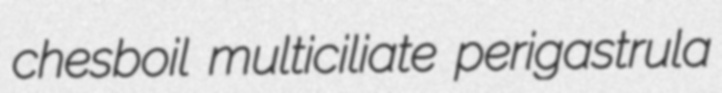
chesboil multiciliate perigastrula